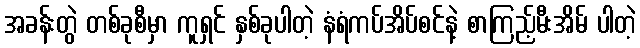
အခန်းတွဲ တစ်ခုစီမှာ ကူရှင် နှစ်ခုပါတဲ့ နံရံကပ်အိပ်စင်နဲ့ စာကြည့်မီးအိမ် ပါတဲ့